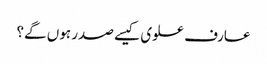
عارف علوی کیسے صدر ہوں گے؟